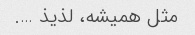
مثل همیشه، لذیذ ….